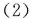
（2）